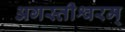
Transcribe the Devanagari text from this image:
अगस्तीश्वरम्